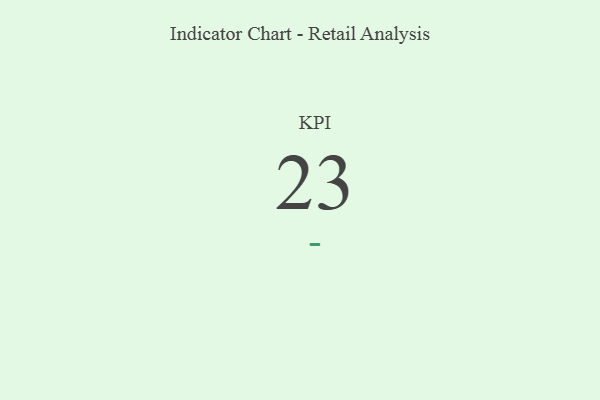
{"axis": {"x": "KPI", "y": "Value"}, "legend": [""], "data": [{"x": "KPI", "y": 23, "type": ""}]}